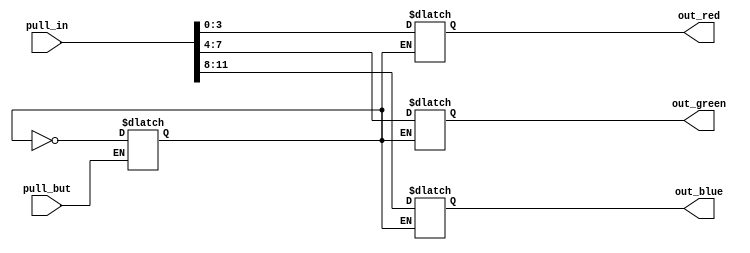
`timescale 1ns / 1ps


module SERIALIZER(
    input [11:0] pull_in,
    input pull_but,
    output reg [3:0] out_red,
    output reg [3:0] out_green,
    output reg [3:0] out_blue
    );
   reg state=0;
   
 always@(pull_but or pull_in)
     begin
        if (pull_but) 
        state = ~state;
        else 
        state = state;
     end 
     
 always@(pull_but or state)
     begin
     case(state)
     1'b0:
     begin end
     1'b1:
     begin
        out_red = pull_in[3:0];
        out_green = pull_in[7:4];
        out_blue = pull_in[11:8];
     end
        endcase 
     end   
        
endmodule